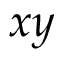
x y